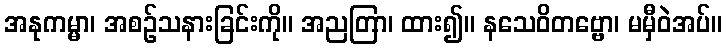
အနုကမ္မာ၊ အစဉ်သနားခြင်းကို။ အညတြာ၊ ထား၍။ နသေဝိတဗ္ဗော၊ မမှီဝဲအပ်။